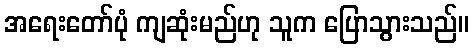
အရေးတော်ပုံ ကျဆုံးမည်ဟု သူက ပြောသွားသည်။